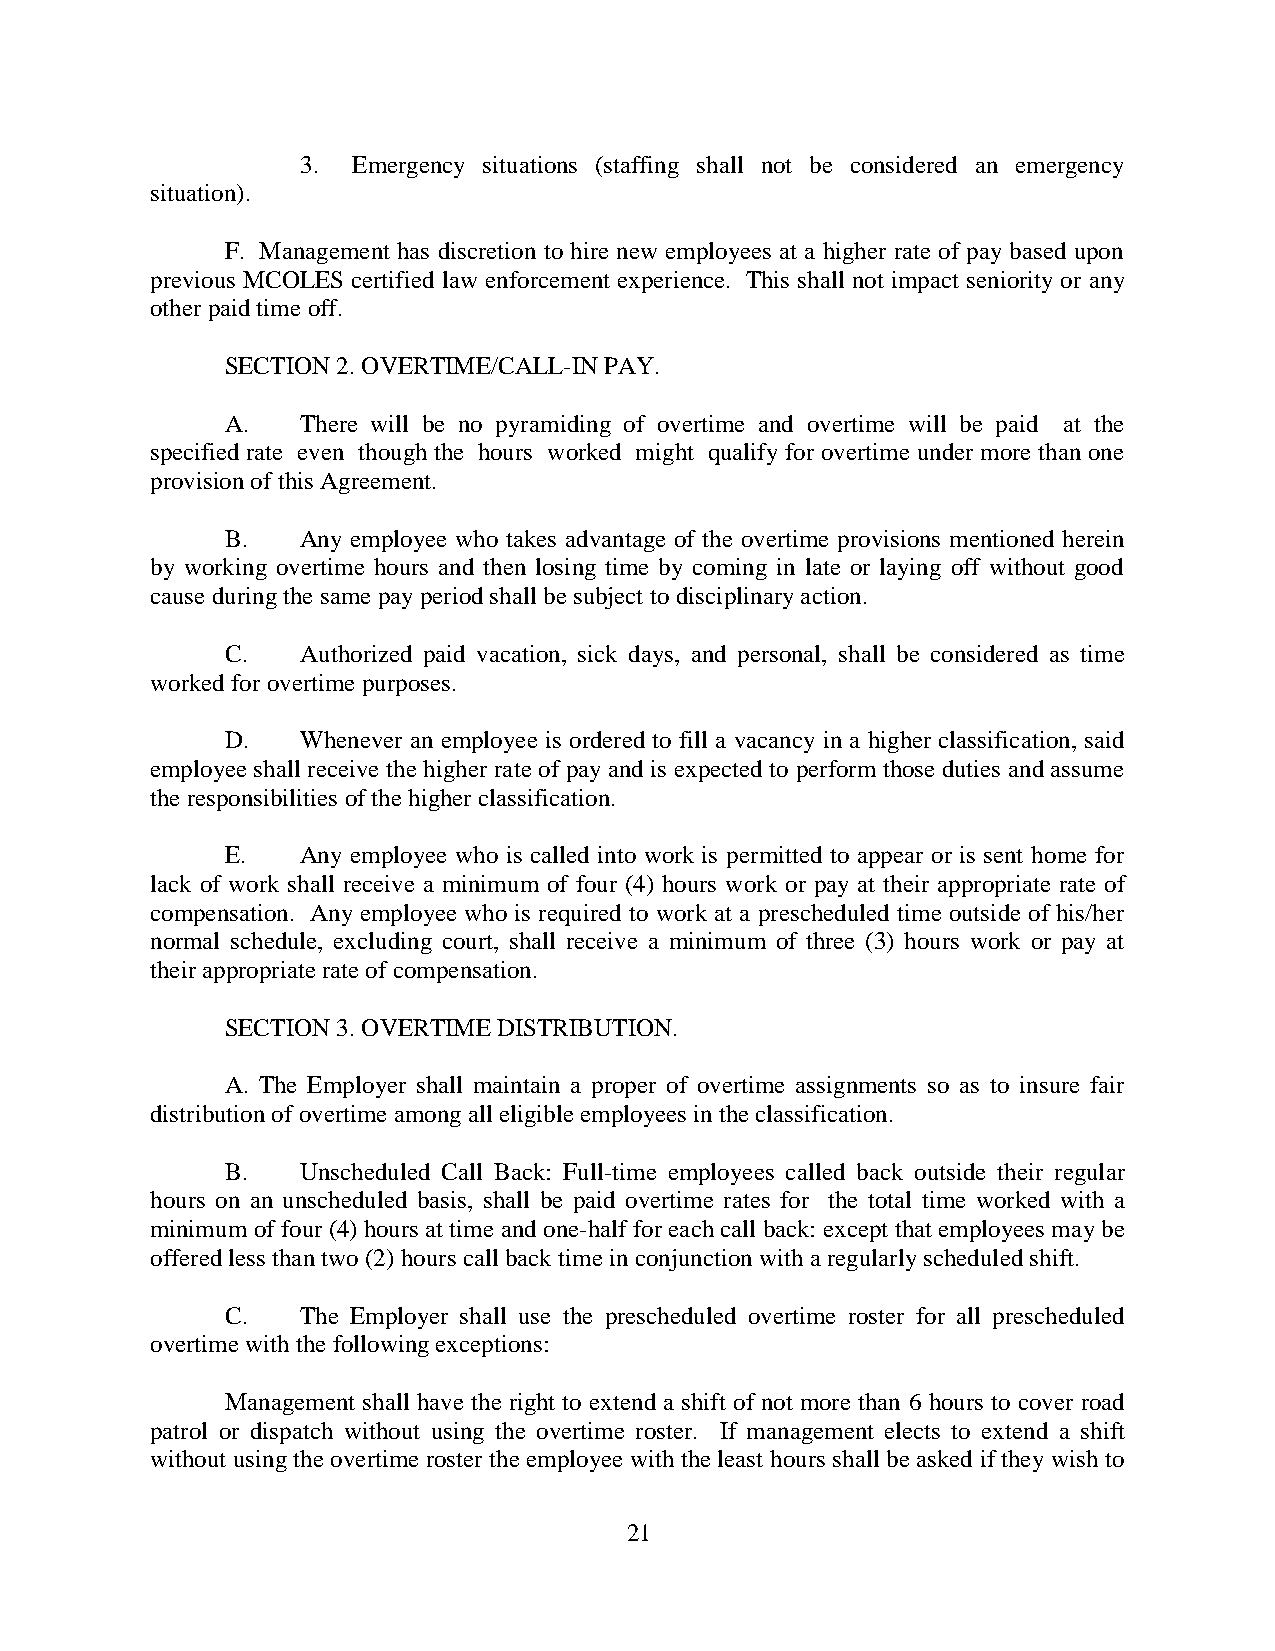
3. Emergency situations (staffing shall not be considered an emergency
 situation).
 F. Management has discretion to hire new employees at a higher rate of pay based upon
 previous MCOLES certified law enforcement experience. This shall not impact seniority or any
 other paid time off.
 SECTION 2. OVERTIME/CALL-IN PAY.
 A.   There will be no pyramiding of overtime and overtime will be paid at the
 specified rate even though the hours worked might qualify for overtime under more than one
 provision of this Agreement.
 B.   Any employee who takes advantage of the overtime provisions mentioned herein
 by working overtime hours and then losing time by coming in late or laying off without good
 cause during the same pay period shall be subject to disciplinary action.
 C.   Authorized paid vacation, sick days, and personal, shall be considered as time
 worked for overtime purposes.
 D.   Whenever an employee is ordered to fill a vacancy in a higher classification, said
 employee shall receive the higher rate of pay and is expected to perform those duties and assume
 the responsibilities of the higher classification.
 E.   Any employee who is called into work is permitted to appear or is sent home for
 lack of work shall receive a minimum of four (4) hours work or pay at their appropriate rate of
 compensation. Any employee who is required to work at a prescheduled time outside of his/her
 normal schedule, excluding court, shall receive a minimum of three (3) hours work or pay at
 their appropriate rate of compensation.
 SECTION 3. OVERTIME DISTRIBUTION.
 A. The Employer shall maintain a proper of overtime assignments so as to insure fair
 distribution of overtime among all eligible employees in the classification.
 B.   Unscheduled Call Back: Full-time employees called back outside their regular
 hours on an unscheduled basis, shall be paid overtime rates for the total time worked with a
 minimum of four (4) hours at time and one-half for each call back: except that employees may be
 offered less than two (2) hours call back time in conjunction with a regularly scheduled shift.
 C.   The Employer shall use the prescheduled overtime roster for all prescheduled
 overtime with the following exceptions:
 Management shall have the right to extend a shift of not more than 6 hours to cover road
 patrol or dispatch without using the overtime roster. If management elects to extend a shift
 without using the overtime roster the employee with the least hours shall be asked if they wish to
 21